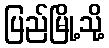
ပြည်မြို့သို့